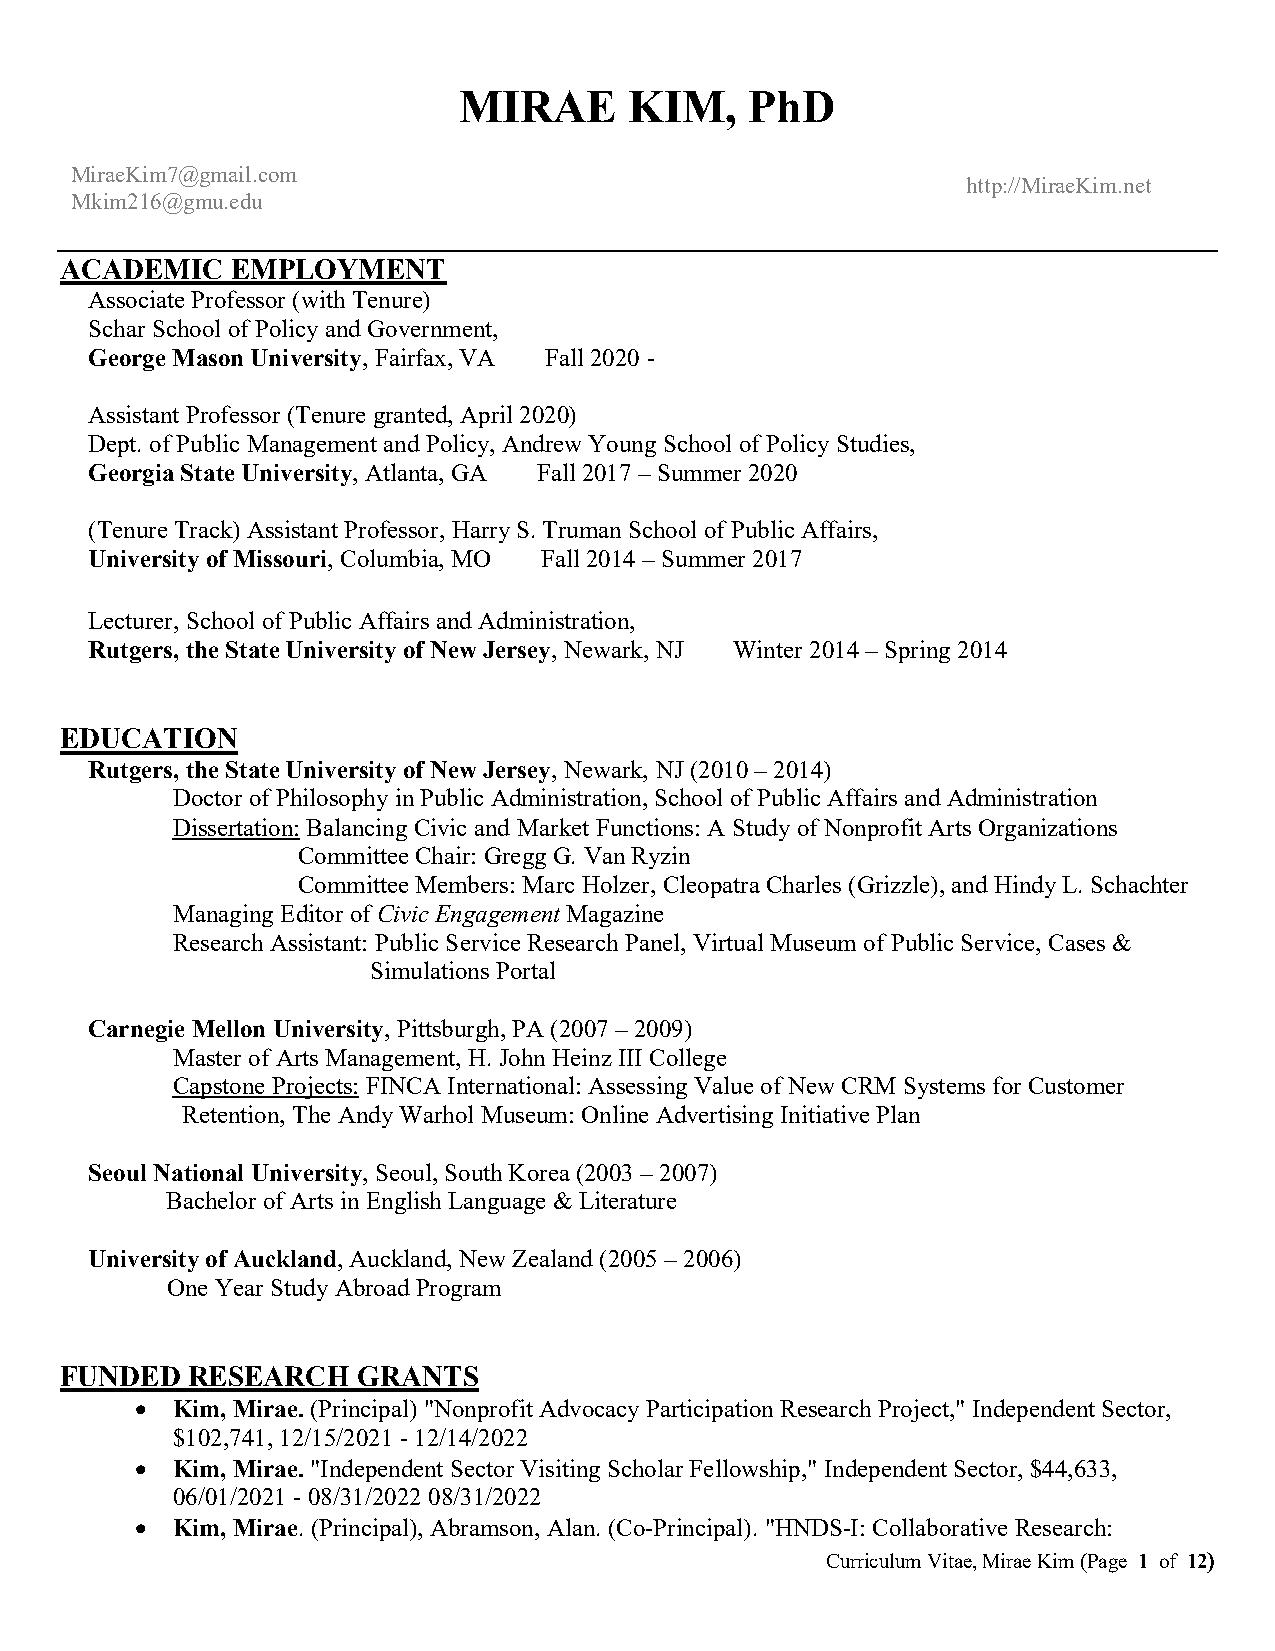
MIRAE       KIM,    PhD
 MiraeKim7@gmail.com
 http://MiraeKim.net
 Mkim216@gmu.edu
 ACADEMIC   EMPLOYMENT
 Associate Professor (with Tenure)
 Schar School of Policy and Government,
 George Mason University, Fairfax, VA Fall 2020 -
 Assistant Professor (Tenure granted, April 2020)
 Dept. of Public Management and Policy, Andrew Young School of Policy Studies,
 Georgia State University, Atlanta, GA Fall 2017 – Summer 2020
 (Tenure Track) Assistant Professor, Harry S. Truman School of Public Affairs,
 University of Missouri, Columbia, MO Fall 2014 – Summer 2017
 Lecturer, School of Public Affairs and Administration,
 Rutgers, the State University of New Jersey, Newark, NJ Winter 2014 – Spring 2014
 EDUCATION
 Rutgers, the State University of New Jersey, Newark, NJ (2010 – 2014)
 Doctor of Philosophy in Public Administration, School of Public Affairs and Administration
 Dissertation: Balancing Civic and Market Functions: A Study of Nonprofit Arts Organizations
 Committee Chair: Gregg G. Van Ryzin
 Committee Members: Marc Holzer, Cleopatra Charles (Grizzle), and Hindy L. Schachter
 Managing Editor of Civic Engagement Magazine
 Research Assistant: Public Service Research Panel, Virtual Museum of Public Service, Cases &
 Simulations Portal
 Carnegie Mellon University, Pittsburgh, PA (2007 – 2009)
 Master of Arts Management, H. John Heinz III College
 Capstone Projects: FINCA International: Assessing Value of New CRM Systems for Customer
 Retention, The Andy Warhol Museum: Online Advertising Initiative Plan
 Seoul National University, Seoul, South Korea (2003 – 2007)
 Bachelor of Arts in English Language & Literature
 University of Auckland, Auckland, New Zealand (2005 – 2006)
 One Year Study Abroad Program
 FUNDED  RESEARCH    GRANTS
 • Kim, Mirae. (Principal) "Nonprofit Advocacy Participation Research Project," Independent Sector,
 $102,741, 12/15/2021 - 12/14/2022
 • Kim, Mirae. "Independent Sector Visiting Scholar Fellowship," Independent Sector, $44,633,
 06/01/2021 - 08/31/2022 08/31/2022
 • Kim, Mirae. (Principal), Abramson, Alan. (Co-Principal). "HNDS-I: Collaborative Research:
 Curriculum Vitae, Mirae Kim (Page 1 of 12)